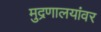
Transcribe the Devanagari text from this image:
मुद्रणालयांवर